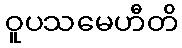
ဝူပသမေဟီတိ